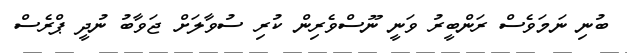
ބުނި ނަމަވެސް ރަންބީރު ވަނީ ނޫސްވެރިން ކުރި ސުވާލަށް ޖަވާބު ނުދީ ޕްރެސް